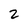
Character: 2